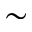
\sim